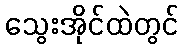
သွေးအိုင်ထဲတွင်